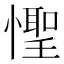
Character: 𪬮